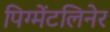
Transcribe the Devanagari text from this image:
पिग्मेंटलिनेर